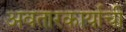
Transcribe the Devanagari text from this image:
अवतारकार्याची